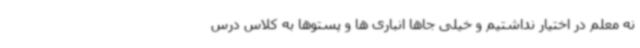
نه معلم در اختیار نداشتیم و خیلی جاها انباری ها و پستوها به کلاس درس